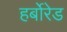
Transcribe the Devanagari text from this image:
हर्बोरेड